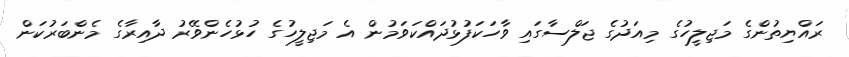
ރައްޔިތުންގެ މަޖިލީހުގެ މިއަދުގެ ޖަލްސާގައި ވާހަކަފުޅުދައްކަވަމުން އެ މަޖިލީހުގެ ހުޅުހެންވޭރު ދާއިރާގެ މެންބަރުކަން